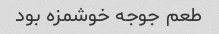
طعم جوجه خوشمزه بود